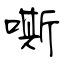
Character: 嘶